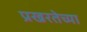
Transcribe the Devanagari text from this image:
प्रखरतेच्या